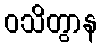
ဝသိတွာန